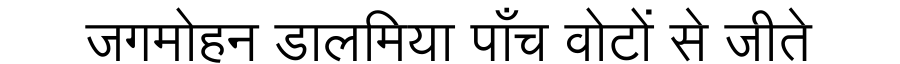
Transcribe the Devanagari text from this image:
जगमोहन डालमिया पाँच वोटों से जीते